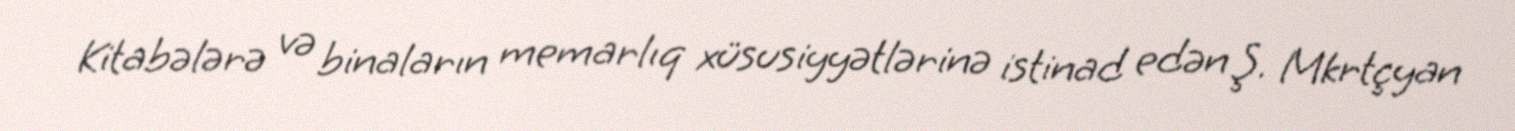
Kitabələrə və binaların memarlıq xüsusiyyətlərinə istinad edən Ş. Mkrtçyan